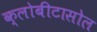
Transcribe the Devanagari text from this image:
क्लोबीटासोल